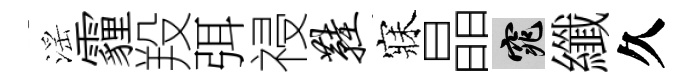
滛霾羖弭祲鞋寐晶窕纖久